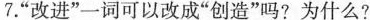
7.”改进”一词可以改成”创造”吗?为什么?